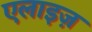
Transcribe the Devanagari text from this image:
एलाइज़